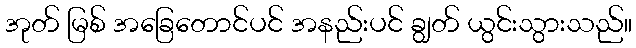
အုတ် မြစ် အခြေတောင်ပင် အနည်းပင် ချွတ် ယွင်းသွားသည်။